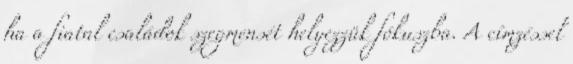
ha a fiatal családok szegmensét helyezzük fókuszba. A címzéssel